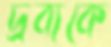
দ্রব্যকে